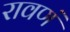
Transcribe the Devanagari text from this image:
रावणं